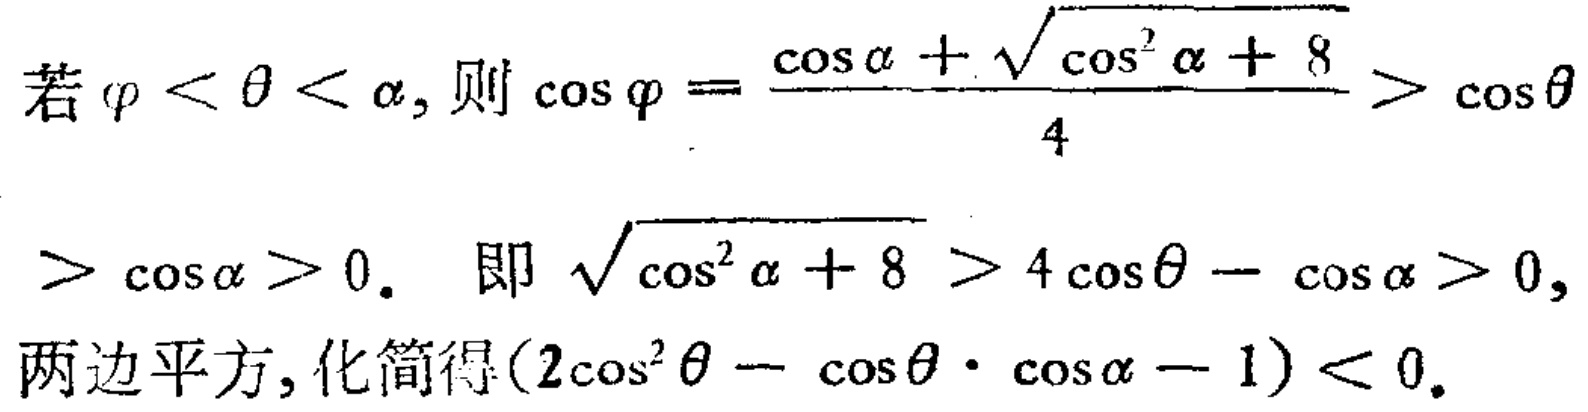
若$\varphi < \theta < \alpha$, 则$\cos\varphi=\frac{\cos\alpha+\sqrt{\cos^{2}\alpha + 8}}{4}>\cos\theta$
$>\cos\alpha>0.$ 即$\sqrt{\cos^{2}\alpha + 8}>4\cos\theta-\cos\alpha>0$,
两边平方, 化简得$(2\cos^{2}\theta-\cos\theta\cdot\cos\alpha - 1)<0.$